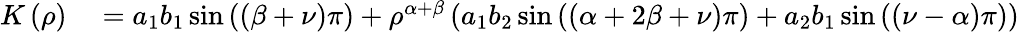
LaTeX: \begin{array}{rl}{K\left(\rho\right)}&{{}=a_{1}b_{1}\sin\left(\left(\beta+\nu\right)\pi\right)+\rho^{\alpha+\beta}\left(a_{1}b_{2}\sin\left(\left(\alpha+2\beta+\nu\right)\pi\right)+a_{2}b_{1}\sin\left(\left(\nu-\alpha\right)\pi\right)\right)}\end{array}